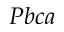
P b c a